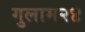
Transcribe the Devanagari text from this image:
गुलाम२४